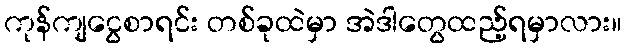
ကုန်ကျငွေစာရင်း တစ်ခုထဲမှာ အဲဒါတွေထည့်ရမှာလား။